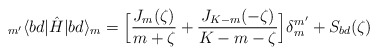
\begin{align*}_{m'}\langle bd |\hat{H}| bd\rangle_m = \Big[\frac{J_m(\zeta)}{m+\zeta} + \frac{J_{K-m}(-\zeta)}{K-m-\zeta}\Big]\delta_m^{m'}+S_{bd}(\zeta)\end{align*}